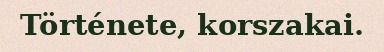
Története, korszakai.